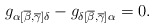
\begin{align*}g_{\alpha [ \overline{\beta},\overline{\gamma}]\delta} -g_{\delta [\overline{\beta},\overline{\gamma}]\alpha} = 0 .\end{align*}